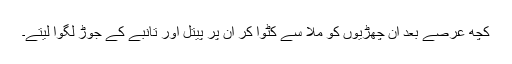
کچھ عرصے بعد ان چھڑیوں کو ملا سے کٹوا کر ان پر پیتل اور تانبے کے جوڑ لگوا لیتے۔